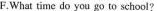
F.What time do you go to school?